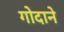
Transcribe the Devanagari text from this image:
गोदाने